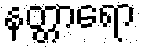
နတ္တာရော